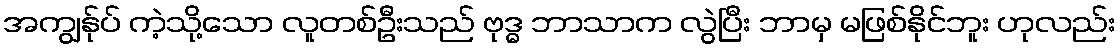
အကျွန်ုပ် ကဲ့သို့သော လူတစ်ဦးသည် ဗုဒ္ဓ ဘာသာက လွဲပြီး ဘာမှ မဖြစ်နိုင်ဘူး ဟုလည်း